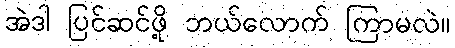
အဲဒါ ပြင်ဆင်ဖို့ ဘယ်လောက် ကြာမလဲ။